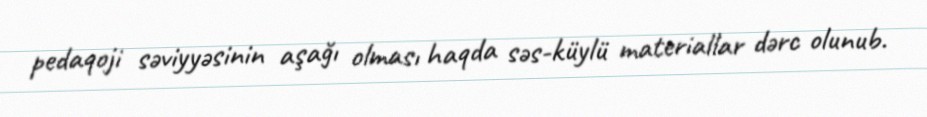
pedaqoji səviyyəsinin aşağı olması haqda səs-küylü materiallar dərc olunub.